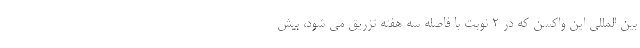
بین المللی این واکسن که در ۲ نوبت با فاصله سه هفته تزریق می شود، بیش